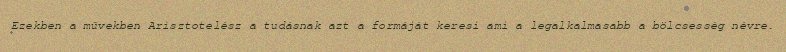
Ezekben a művekben Arisztotelész a tudásnak azt a formáját keresi ami a legalkalmasabb a bölcsesség névre.